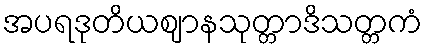
အပရဒုတိယဈာနသုတ္တာဒိသတ္တကံ